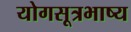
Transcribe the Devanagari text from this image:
योगसूत्रभाष्य